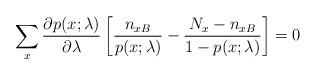
LaTeX: \begin{align*}\sum_x \frac{\partial p(x;\lambda)}{\partial \lambda} \left[ \frac{n_{xB}}{p(x;\lambda)} - \frac{N_x - n_{xB}}{1- p(x;\lambda)} \right] =0 \end{align*}